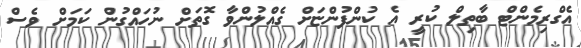
އެގްރިމެންޓް ބާތިލް ކުރީ އެ ކުންފުންޏަށް ގެއްލުންވާ ގޮތަށް ނުހައްގުން ކަމަށް ވެސް